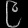
Digit: ၉